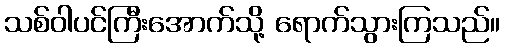
သစ်ဝါပင်ကြီးအောက်သို့ ရောက်သွားကြသည်။